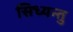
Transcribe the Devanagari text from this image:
सिध्यन्तु